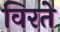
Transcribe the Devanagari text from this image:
विरते